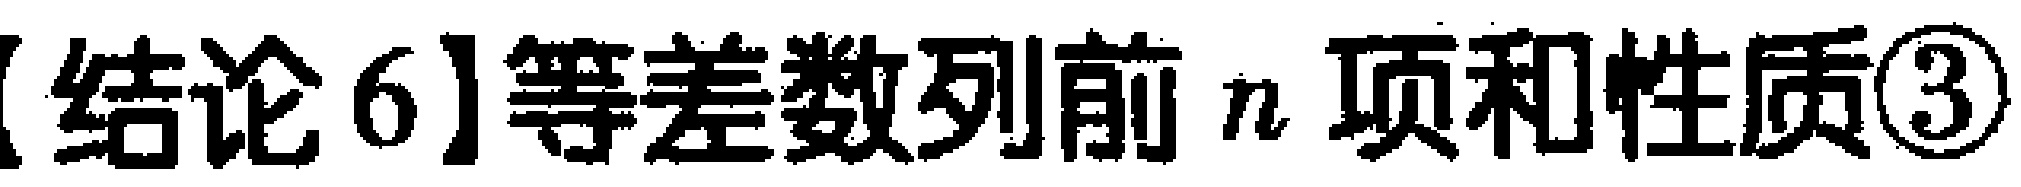
【结论6】等差数列前 \(n\) 项和性质\textcircled{3}